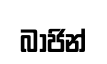
බාජින්